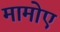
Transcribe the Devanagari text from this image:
मामोए